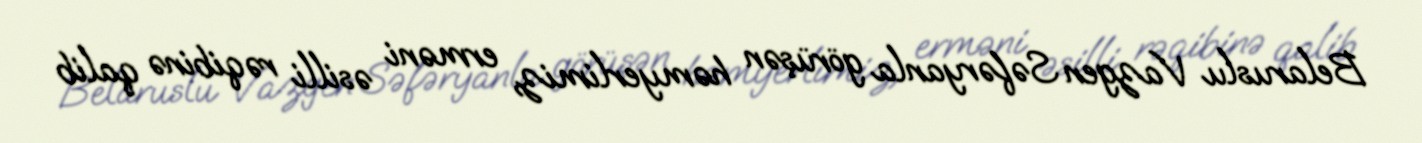
Belaruslu Vazgen Səfəryanla görüşən həmyerlimiz, erməni əsilli rəqibinə qalib